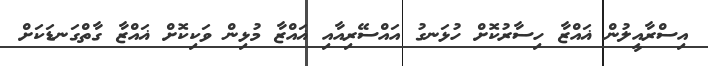
އިސްރާއީލުން ޣައްޒާ ހިސާރުކޮށް ހުޅަނގު އައްސޭރިއާއި ޣައްޒާ މުޅިން ވަކިކޮށް ޣައްޒާ ގާތްގަނޑަކަށް